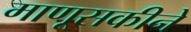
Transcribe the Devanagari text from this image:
माणूसकीने